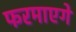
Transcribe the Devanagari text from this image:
फरमाएगें